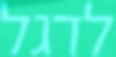
לדגל